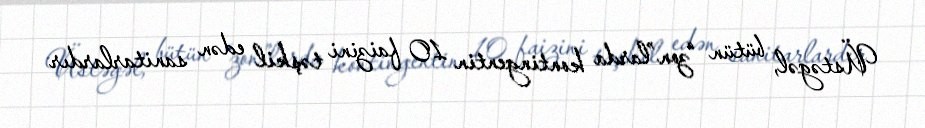
Üstəgəl, bütün “zon”larda kontingentin 10 faizini təşkil edən sanitarlardır